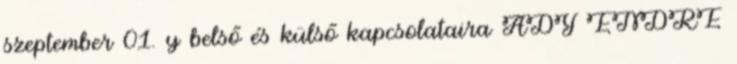
szeptember 01. y belső és külső kapcsolataira ADY ENDRE